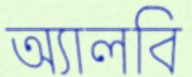
অ্যালবি